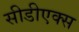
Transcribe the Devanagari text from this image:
सीडीएक्स